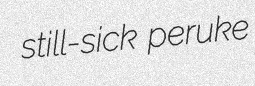
still-sick peruke